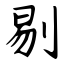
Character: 剔